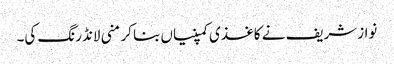
نوازشریف نے کاغذی کمپنیاں بنا کر منی لانڈرنگ کی۔